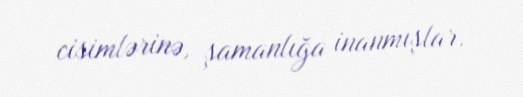
cisimlərinə, şamanlığa inanmışlar.